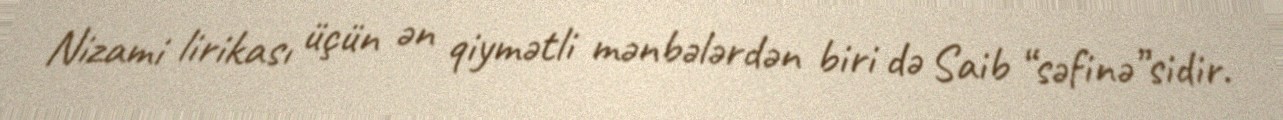
Nizami lirikası üçün ən qiymətli mənbələrdən biri də Saib “səfinə”sidir.